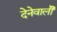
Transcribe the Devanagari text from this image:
देनेवालीे